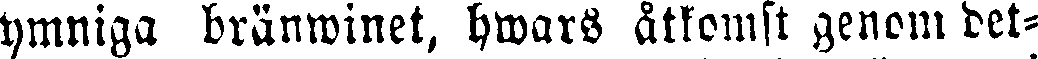
ymniga bränwinet, hwars åtkomst genom det-